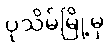
ပုသိမ်မြို့မှ